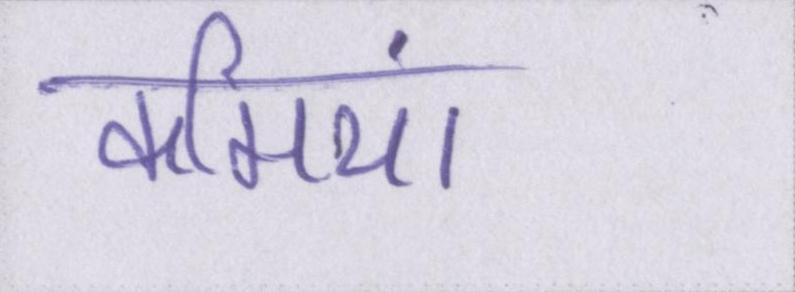
कमियां